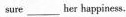
sure ___ her happiness.